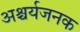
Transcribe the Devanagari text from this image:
अश्चर्यजनक